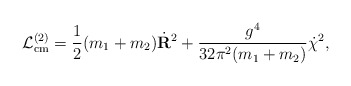
\begin{align*}{\cal L}_{{\rm cm}}^{(2)} = \frac{1}{2}(m_1+m_2)\dot{{\bf R}}^2 + \frac{g^4 }{32\pi^2 (m_1+m_2) } \dot{\chi}^2 ,\end{align*}